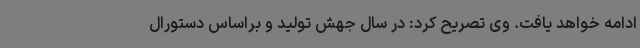
ادامه خواهد یافت. وی تصریح کرد: در سال جهش تولید و براساس دستورال